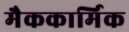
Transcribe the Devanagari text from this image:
मैककार्मिक